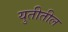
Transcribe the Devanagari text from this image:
युतीतील